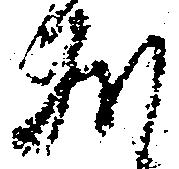
敷